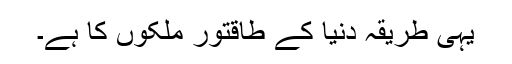
یہی طریقہ دنیا کے طاقتور ملکوں کا ہے۔